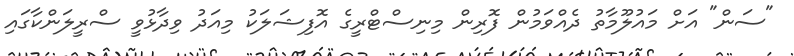
"ސަން" އަށް މައުލޫމާތު ދެއްވަމުން ފޮރިން މިނިސްޓްރީގެ އޮފިޝަލަކު މިއަދު ވިދާޅުވީ ސްރީލަންކާގައި